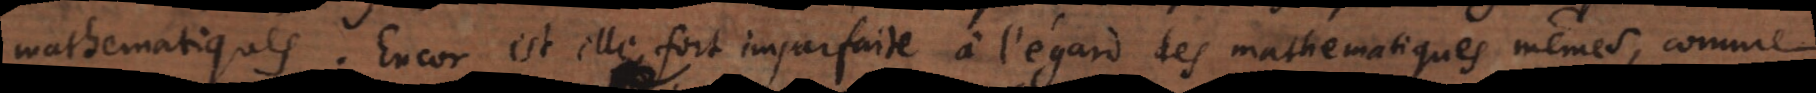
mathematiques. Encor est elle fort imparfaite à l’égard des mathematiques mêmes, comme